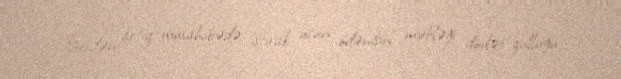
Beşdən artıq müsahibədə iştirak üçün ödənişin məbləği dövlət qulluğu